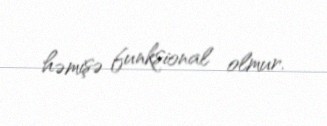
həmişə funksional olmur.